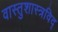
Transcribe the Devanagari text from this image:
वास्तुशास्त्रविद्